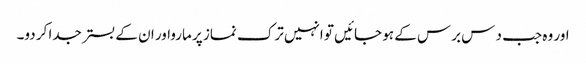
اور وہ جب د س برس کے ہو جائیں تو انہیں ترک نماز پر مارواور ان کے بستر جدا کر دو۔